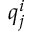
q _ { j } ^ { i }